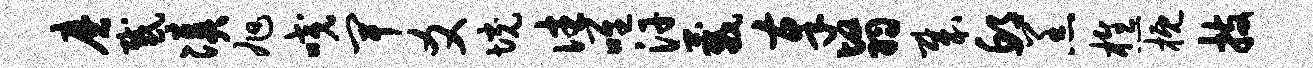
磨感凑旭咬卑爻境往唯汗葳奉翳哉邱羔樵概技